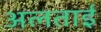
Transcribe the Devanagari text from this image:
अलताई